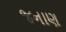
જનાણ